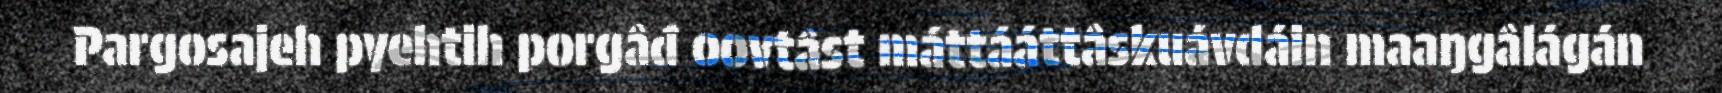
Pargosajeh pyehtih porgâđ oovtâst máttááttâskuávdáin maaŋgâlágán